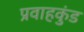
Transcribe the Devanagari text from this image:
प्रवाहकुंड